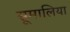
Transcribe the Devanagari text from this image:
सूमालिया